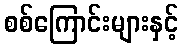
စစ်ကြောင်းများနှင့်